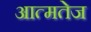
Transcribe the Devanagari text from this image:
आत्मतेज